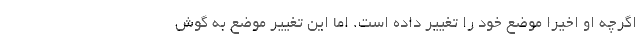
اگرچه او اخیرا موضع خود را تغییر داده است. اما این تغییر موضع به گوش